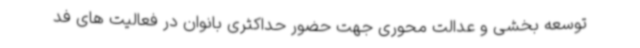
توسعه بخشی و عدالت محوری جهت حضور حداکثری بانوان در فعالیت های فد